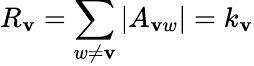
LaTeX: R_{\mathbf{v}}=\sum_{w\neq\mathbf{v}}|A_{\mathbf{v}w}|=k_{\mathbf{v}}